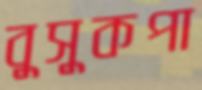
বুসুকপা